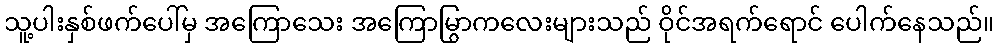
သူ့ပါးနှစ်ဖက်ပေါ်မှ အကြောသေး အကြောမြွာကလေးများသည် ဝိုင်အရက်ရောင် ပေါက်နေသည်။